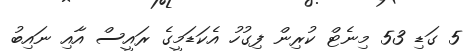
5 ގަޑި 53 މިނެޓް ކުރިން ފިގުހު އެކަޑަމީގެ ރައީސް އާއި ނައިބު